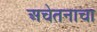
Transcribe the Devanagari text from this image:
अचेतनाचा